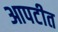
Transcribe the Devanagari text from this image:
आपटीत